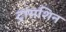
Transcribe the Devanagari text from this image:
ट्रांसशिन